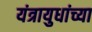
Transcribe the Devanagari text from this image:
यंत्रायुधांच्या